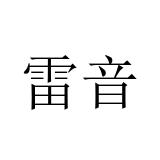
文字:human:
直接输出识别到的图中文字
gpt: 雷音